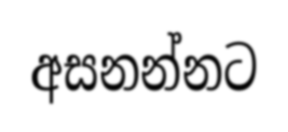
අසනන්නට